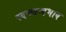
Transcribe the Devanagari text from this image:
स्वच्छन्दभाव